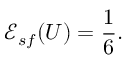
{ \mathscr E } _ { s f } ( U ) = \frac { 1 } { 6 } .